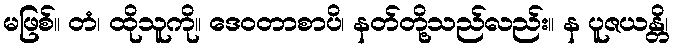
မဖြစ်။ တံ၊ ထိုသူကို။ ဒေဝတာစာပိ၊ နတ်တို့သည်လည်း။ န ပူဇယန္တိ၊